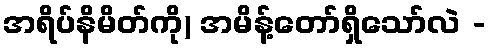
အရိပ်နိမိတ်ကို) အမိန့်တော်ရှိသော်လဲ -